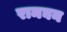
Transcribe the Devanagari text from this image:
रामघन